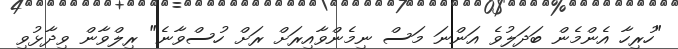
"ހުރިހާ އެންމެން ބަދަލުވެ އަންނަ މަސް ނިމެންވާއިރަށް ރަށް ހުސްވާނެ" ރިލްވާން ވިދާޅުވި